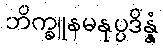
ဘိက္ခူနမနုပ္ပဒိန္နံ